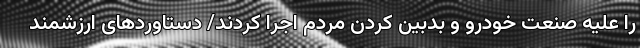
را علیه صنعت خودرو و بدبین کردن مردم اجرا کردند/ دستاورد‌های ارزشمند